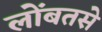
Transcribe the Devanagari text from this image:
लोंबतसे